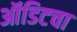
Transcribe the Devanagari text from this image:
ऑडिटचा